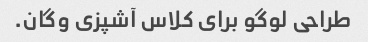
طراحی لوگو برای کلاس آشپزی وگان.